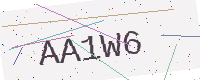
Text: AA1W6